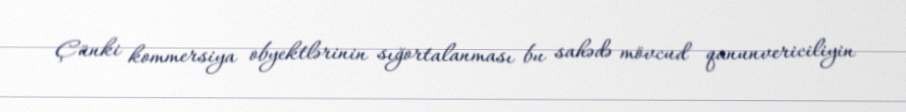
Çünki kommersiya obyektlərinin sığortalanması bu sahədə mövcud qanunvericiliyin